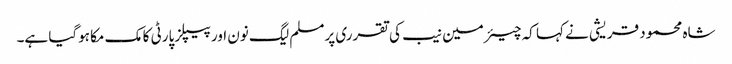
شاہ محمود قریشی نے کہا کہ چیئرمین نیب کی تقرری پرمسلم لیگ نون اور پیپلز پارٹی کا مک مکا ہوگیا ہے۔